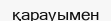
қарауымен